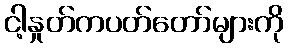
ငါ့နှုတ်ကပတ်တော်များကို